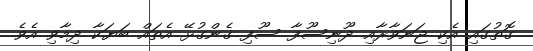
ގޮތުގައި އެކި ޖަނަވާރާއި ދޫނިސޫފާ ސޫފި ގެންގުޅޭ އެތައް ބަޔަކާ ދިމާވި އެވެ.